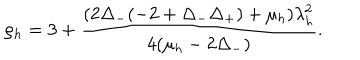
LaTeX: \rho _ { h } = 3 + \frac { ( 2 \Delta _ { - } ( - 2 + \Delta _ { - } \Delta _ { + } ) + \mu _ { h } ) \lambda _ { h } ^ { 2 } } { 4 ( \mu _ { h } - 2 \Delta _ { - } ) } .